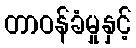
တာဝန်ခံမှုနှင့်